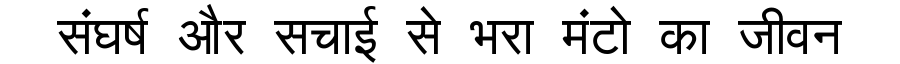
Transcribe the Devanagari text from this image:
संघर्ष और सचाई से भरा मंटो का जीवन